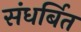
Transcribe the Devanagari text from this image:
संधर्बित